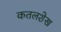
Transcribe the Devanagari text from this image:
कतलशेख